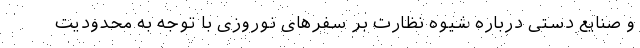
و صنایع دستی درباره شیوه نظارت بر سفرهای نوروزی با توجه به محدودیت